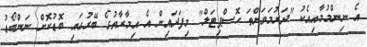
އެ ނިންމުމާއިއެކު "ދަރުމަވަންތަ ހޮސްޕިޓަލް" މިފަދައިން އެ އިމާރާތުގެ ބޭރުގައި ބޮޑުކޮށް ނަންބޯޑު